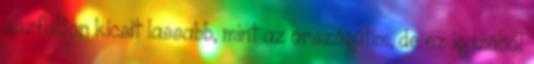
aszfalton kicsit lassabb, mint az országútim, de ez igazából